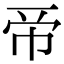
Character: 𢂇